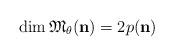
LaTeX: \begin{align*}\dim \mathfrak M_{\theta}(\mathbf n)=2p(\mathbf n)\end{align*}